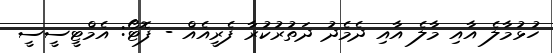
ހުޅުމާލެ އާއި މާލެ އާއި ދެމެދު ދަތުރުކުރާ ފެރީއެއް - ފޮޓޯ: އެމްޓީސީސީ